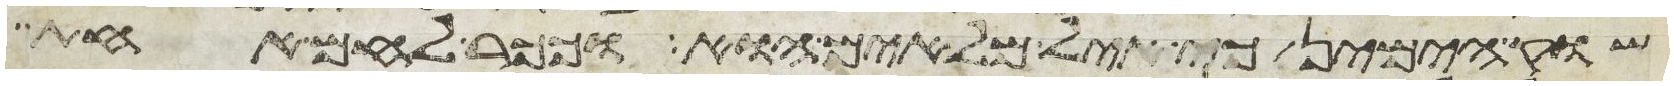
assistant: שוק הימין כי איל מלאים הוא וככר לחם אחת